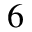
^ { 6 }